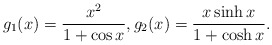
\begin{align*}g_1(x)= \frac{x^2}{1+\cos x}, g_2(x)= \frac{x\sinh x}{1+\cosh x}.\end{align*}